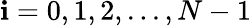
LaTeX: \mathbf{i}=0,1,2,...,N-1